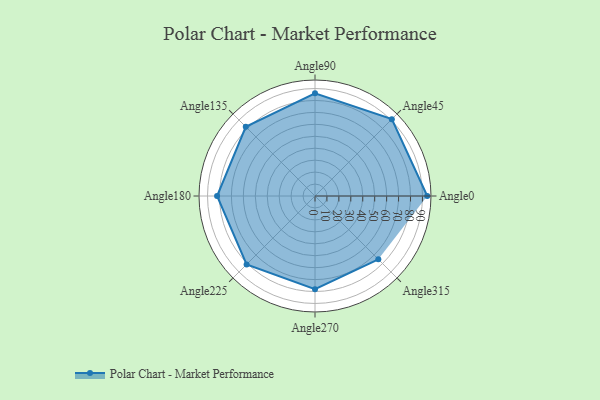
{"axis": {"x": "Angle", "y": "Radius"}, "legend": [""], "data": [{"x": "Angle0", "y": 94.0, "type": ""}, {"x": "Angle45", "y": 91.0, "type": ""}, {"x": "Angle90", "y": 86.0, "type": ""}, {"x": "Angle135", "y": 82.0, "type": ""}, {"x": "Angle180", "y": 82.0, "type": ""}, {"x": "Angle225", "y": 81.0, "type": ""}, {"x": "Angle270", "y": 78.0, "type": ""}, {"x": "Angle315", "y": 75.0, "type": ""}]}